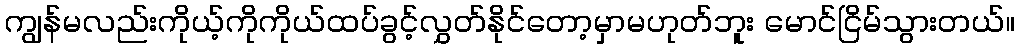
ကျွန်မလည်းကိုယ့်ကိုကိုယ်ထပ်ခွင့်လွှတ်နိုင်တော့မှာမဟုတ်ဘူး မောင်ငြိမ်သွားတယ်။